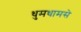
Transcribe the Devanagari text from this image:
धुमधामसे